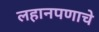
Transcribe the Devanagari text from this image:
लहानपणाचे